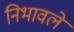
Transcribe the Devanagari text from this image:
निभावलें